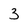
Character: 3